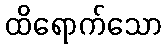
ထိရောက်သော